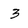
Character: 3